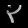
Digit: ၃